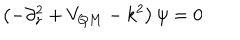
\left( - \partial _ { z } ^ { 2 } + V _ { Q M } - k ^ { 2 } \right) \psi = 0